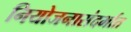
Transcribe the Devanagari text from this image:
नियोजनासंदर्भात